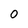
Character: O